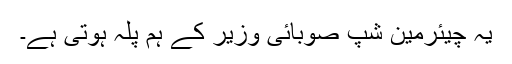
یہ چیئرمین شپ صوبائی وزیر کے ہم پلہ ہوتی ہے۔